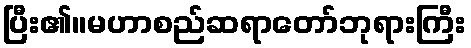
ပြီး၏။မဟာစည်ဆရာတော်ဘုရားကြီး